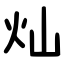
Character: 灿